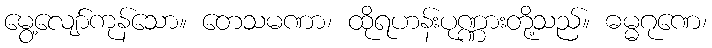
မွေ့လျော်ကုန်သော။ တေသမဏာ၊ ထိုရဟန်းပုဏ္ဏားတို့သည်။ ဓမ္မဂုဏေ၊